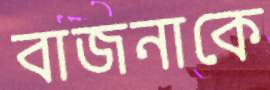
বাজনাকে